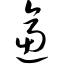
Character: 逼